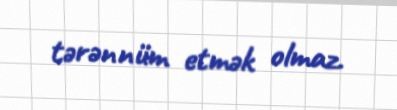
tərənnüm etmək olmaz.